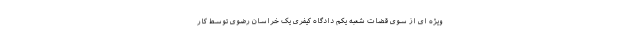
ویژه ای از سوی قضات شعبه یکم دادگاه کیفری یک خراسان رضوی توسط کار